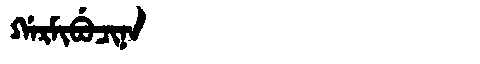
Manchu: ᡤᠠᡵᠮᡳᠪᡠᠴᡳᠨᠠ
Romanization: GARMIBUCINA